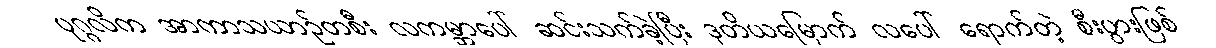
ပုဂ္ဂလိက အာကာသယာဉ်တစီး လကမ္ဘာပေါ် ဆင်းသက်ခဲ့ပြီး ဒုတိယမြောက် လပေါ် ရောက်တဲ့ စီးပွားဖြစ်